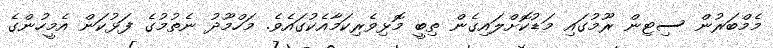
މެމްބަރުން ސިޓިން ރޫމުގައި މަޑުކޮށްލައިގެން ތިބީ މޮޅިވެރިކަމާއެކުގައެވެ. މަހްމޫދު ނެތުމުގެ ފަޅުކަން އެމީހުންގެ